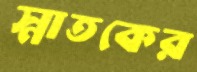
স্নাতকের